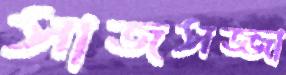
সাজসজ্জা